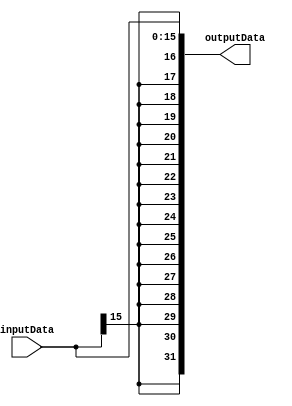
module SignExtender(input[15:0] inputData,
	output[31:0] outputData);
	
	reg [31:0] outputReg;
	
	always @(*) begin
	
		outputReg[15:0] = inputData;
		outputReg[31:16] = {16{inputData[15]}};
		
	end
	
	assign outputData = outputReg;
	
endmodule